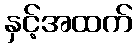
နှင့်အထက်